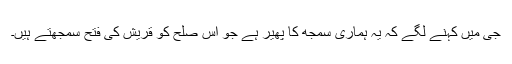
جی میں کہنے لگے کہ یہ ہماری سمجھ کا پھیر ہے جو اس صلح کو قریش کی فتح سمجھتے ہیں۔